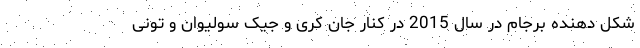
شکل دهنده برجام در سال 2015 در کنار جان کری و جیک سولیوان و تونی